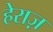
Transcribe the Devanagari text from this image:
हेराज़